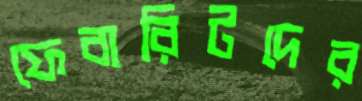
ফেবারিটদের